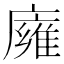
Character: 𢋊